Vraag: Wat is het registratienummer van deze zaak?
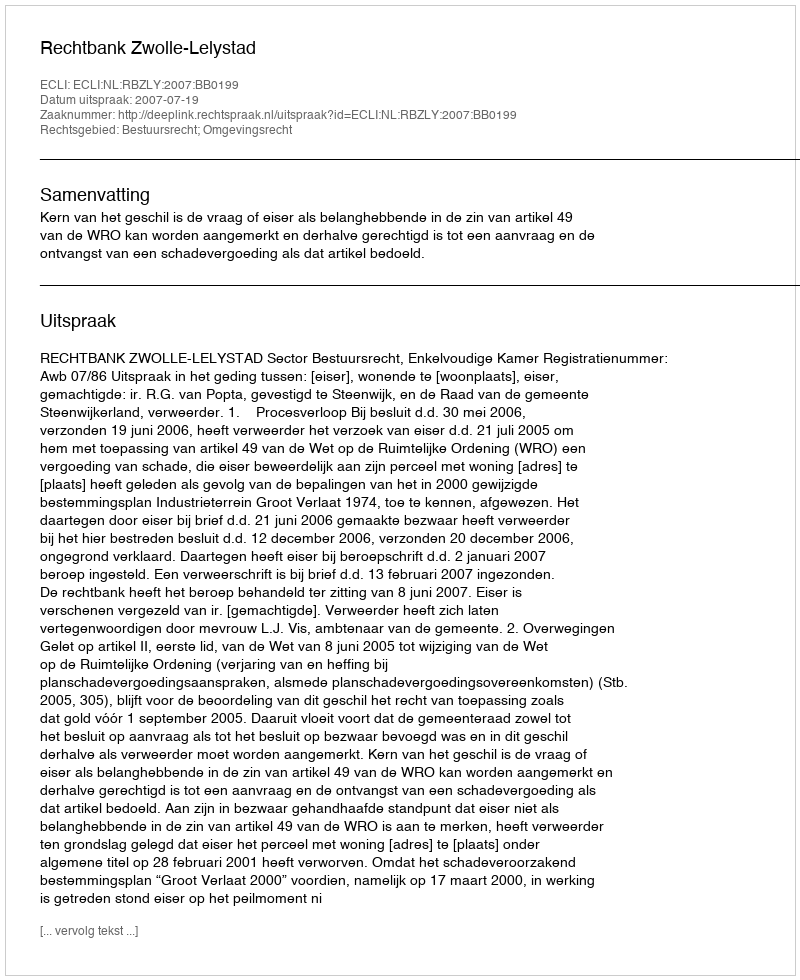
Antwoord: http://deeplink.rechtspraak.nl/uitspraak?id=ECLI:NL:RBZLY:2007:BB0199